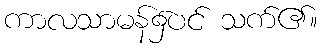
ကာလသာမန်၌ပင် သက်၏။